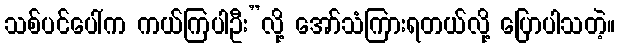
သစ်ပင်ပေါ်က ကယ်ကြပါဦး”လို့ အော်သံကြားရတယ်လို့ ပြောပါသတဲ့။